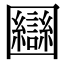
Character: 圝